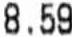
8.59